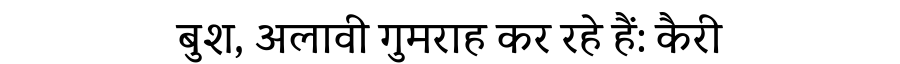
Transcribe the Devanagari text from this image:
बुश, अलावी गुमराह कर रहे हैं: कैरी